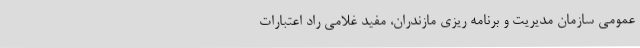
عمومی سازمان مدیریت و برنامه ریزی مازندران، مفید غلامی راد اعتبارات